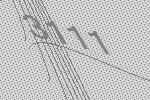
3111